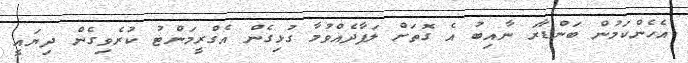
އެހެންކަމުން ބަންޑާރަ ނާއިބު އެ ގޮތަށް ލަފާދެއްވުމާ ގުޅިގެން އެގްރީމަންޓު ކުރެވިގެން ދިޔައީ